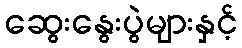
ဆွေးနွေးပွဲများနှင့်